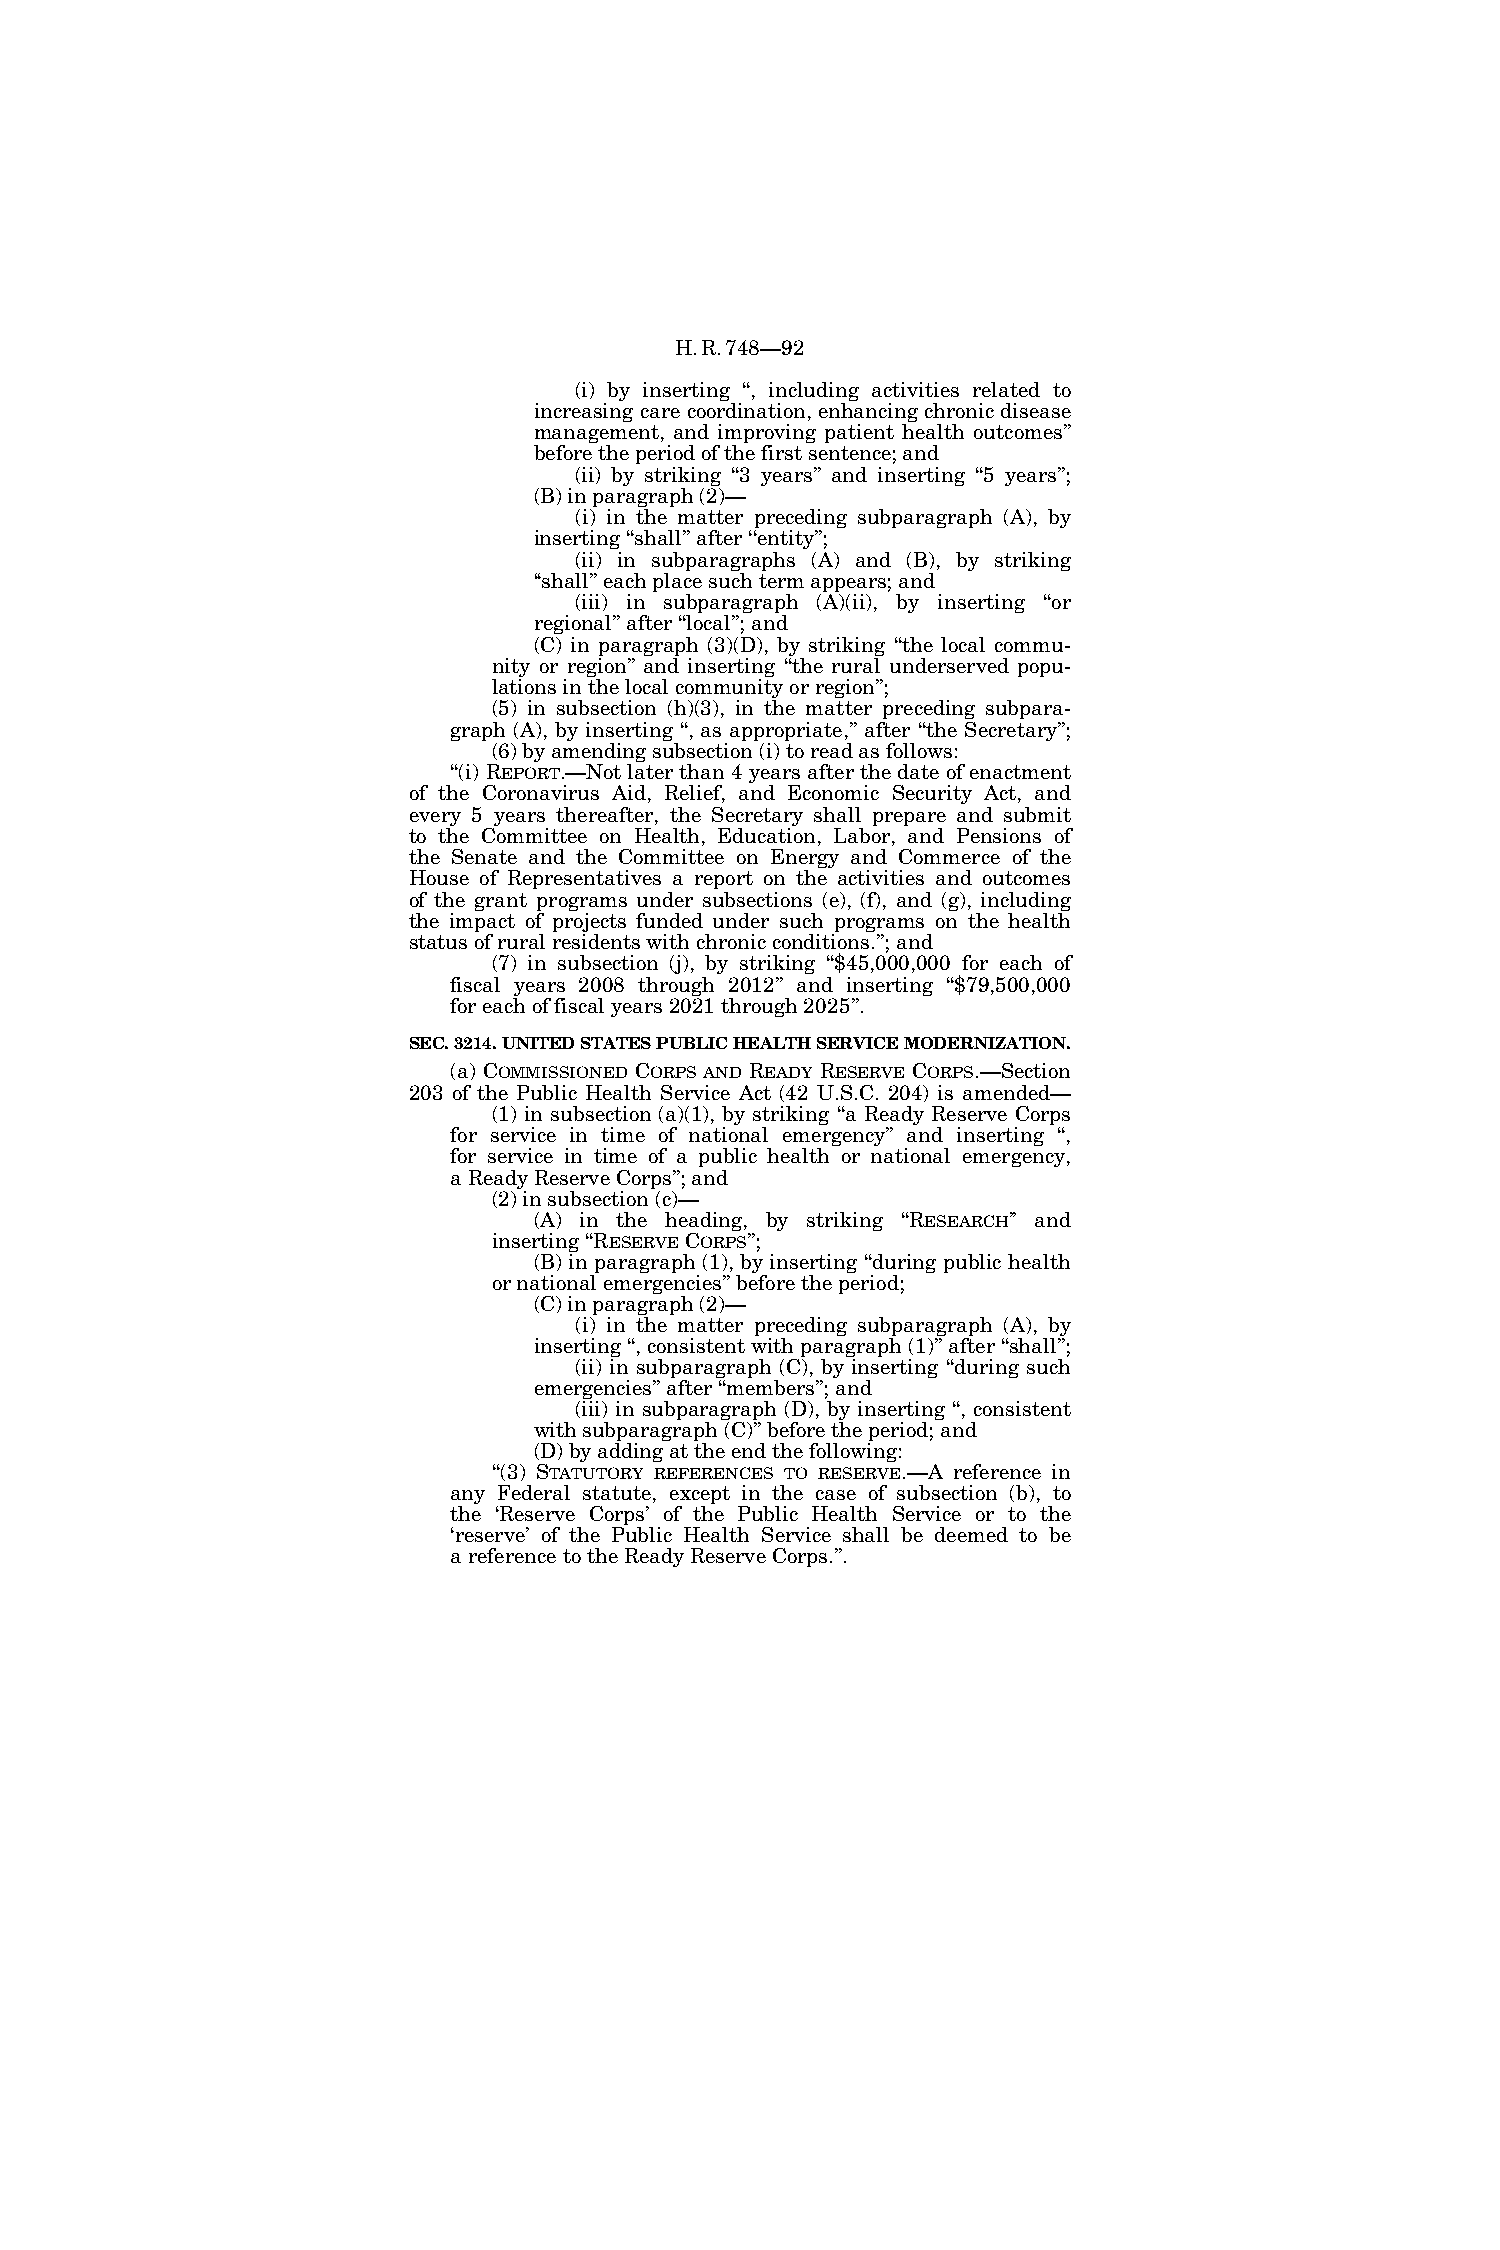
H.R.748—92
 (i) by inserting ‘‘, including activities related to
 increasing care coordination, enhancing chronic disease
 management, and improving patient health outcomes’’
 before the period of the first sentence; and
 (ii) by striking ‘‘3 years’’ and inserting ‘‘5 years’’;
 (B) in paragraph (2)—
 (i) in the matter preceding subparagraph (A), by
 inserting ‘‘shall’’ after ‘‘entity’’;
 (ii) in subparagraphs (A) and (B), by striking
 ‘‘shall’’ each place such term appears; and
 (iii) in subparagraph (A)(ii), by inserting ‘‘or
 regional’’ after ‘‘local’’; and
 (C) in paragraph (3)(D), by striking ‘‘the local commu-
 nity or region’’ and inserting ‘‘the rural underserved popu-
 lations in the local community or region’’;
 (5) in subsection (h)(3), in the matter preceding subpara-
 graph (A), by inserting ‘‘, as appropriate,’’ after ‘‘the Secretary’’;
 (6) by amending subsection (i) to read as follows:
 ‘‘(i) REPORT.—Not later than 4 years after the date of enactment
 of the Coronavirus Aid, Relief, and Economic Security Act, and
 every 5 years thereafter, the Secretary shall prepare and submit
 to the Committee on Health, Education, Labor, and Pensions of
 the Senate and the Committee on Energy and Commerce of the
 House of Representatives a report on the activities and outcomes
 of the grant programs under subsections (e), (f), and (g), including
 the impact of projects funded under such programs on the health
 status of rural residents with chronic conditions.’’; and
 (7) in subsection (j), by striking ‘‘$45,000,000 for each of
 fiscal years 2008 through 2012’’ and inserting ‘‘$79,500,000
 for each of fiscal years 2021 through 2025’’.
 SEC. 3214. UNITED STATES PUBLIC HEALTH SERVICE MODERNIZATION.
 (a) COMMISSIONED CORPS AND READY RESERVE CORPS.—Section
 203 of the Public Health Service Act (42 U.S.C. 204) is amended—
 (1) in subsection (a)(1), by striking ‘‘a Ready Reserve Corps
 for service in time of national emergency’’ and inserting ‘‘,
 for service in time of a public health or national emergency,
 a Ready Reserve Corps’’; and
 (2) in subsection (c)—
 (A) in the heading, by striking ‘‘RESEARCH’’ and
 inserting ‘‘RESERVECORPS’’;
 (B) in paragraph (1), by inserting ‘‘during public health
 or national emergencies’’ before the period;
 (C) in paragraph (2)—
 (i) in the matter preceding subparagraph (A), by
 inserting ‘‘, consistent with paragraph (1)’’ after ‘‘shall’’;
 (ii) in subparagraph (C), by inserting ‘‘during such
 emergencies’’ after ‘‘members’’; and
 (iii) in subparagraph (D), by inserting ‘‘, consistent
 with subparagraph (C)’’ before the period; and
 (D) by adding at the end the following:
 ‘‘(3) STATUTORY REFERENCES TO RESERVE.—A reference in
 any Federal statute, except in the case of subsection (b), to
 the ‘Reserve Corps’ of the Public Health Service or to the
 ‘reserve’ of the Public Health Service shall be deemed to be
 a reference to the Ready Reserve Corps.’’.